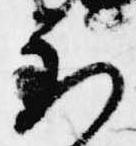
到